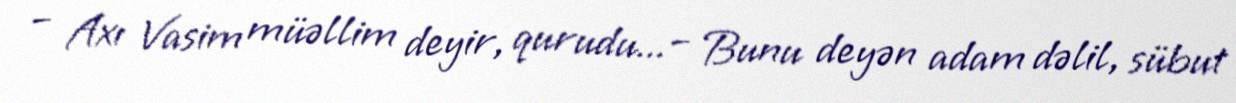
– Axı Vasim müəllim deyir, qurudu...– Bunu deyən adam dəlil, sübut